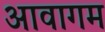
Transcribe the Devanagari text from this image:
आवागम